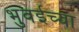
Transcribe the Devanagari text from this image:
भुवईच्या